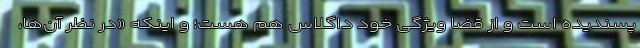
پسندیده است و از قضا ویژگی خود داگلاس هم هست؛ و اینکه «در نظر آن‌ها،